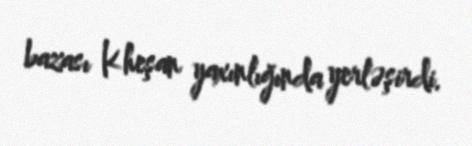
bazası Kheşan yaxınlığında yerləşirdi.